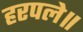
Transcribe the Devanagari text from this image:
हरपले॥